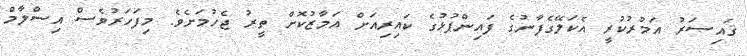
ޤައިޞަރު އަމުރުކުރީ އެކަލޭގެފާނުގެ ފައިންޕުޅުގެ ކައިރިއަށް އަމާޒުކޮށް ތީރު ޖެހުމަށެވެ. މިފަހަރުވެސް އިސްލާމް